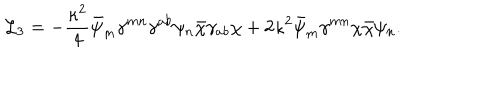
{ \cal L } _ { 3 } = - \frac { \kappa ^ { 2 } } { 4 } \bar { \psi } _ { m } \gamma ^ { m n } \gamma ^ { a b } \psi _ { n } \bar { \chi } \gamma _ { a b } \chi + 2 \kappa ^ { 2 } \bar { \psi } _ { m } \gamma ^ { m n } \chi \bar { \chi } \psi _ { n } .